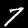
Digit: 7